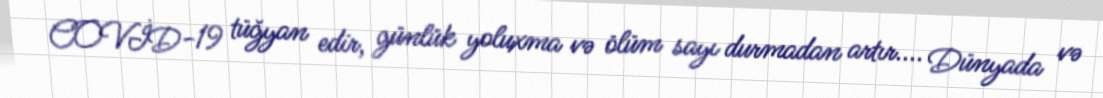
COVİD-19 tüğyan edir, günlük yoluxma və ölüm sayı durmadan artır.... Dünyada və